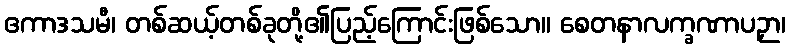
ဧကာဒသမီ၊ တစ်ဆယ့်တစ်ခုတို့၏ပြည့်ကြောင်းဖြစ်သော။ စေတနာလက္ခဏာပဉှာ၊